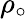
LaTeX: \rho_{\circ}